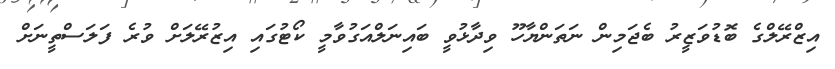
އިޒްރޭލްގެ ބޮޑުވަޒީރު ބެޖަމިން ނަތަންޔާހޫ ވިދާޅުވީ ބައިނަލްއަގުވާމީ ކޯޓުގައި އިޒުރޭލަށް ވުރެ ފަލަސްތީނަށް